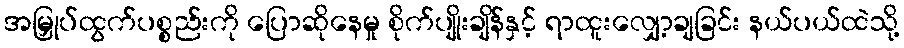
အမြှုပ်ထွက်ပစ္စည်းကို ပြောဆိုနေမှု စိုက်ပျိုးချိန်နှင့် ရာထူးလျှော့ချခြင်း နယ်ပယ်ထဲသို့